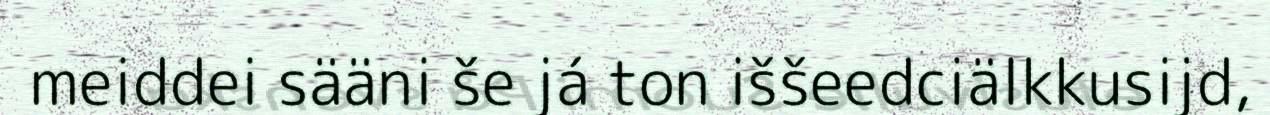
meiddei sääni še já ton iššeedciälkkusijd,